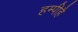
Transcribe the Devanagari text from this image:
हम्पीहै